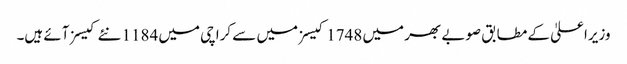
وزیراعلیٰ کے مطابق صوبے بھر میں 1748 کیسز میں سے کراچی میں 1184 نئے کیسز آئے ہیں۔